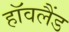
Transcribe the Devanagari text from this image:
हॉवलैंड